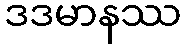
ဒဒမာနဿ